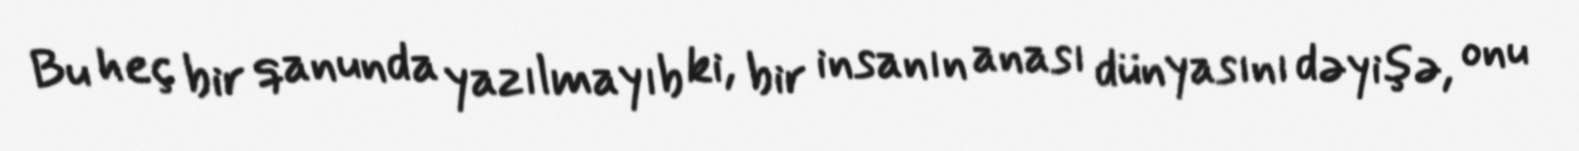
Bu heç bir qanunda yazılmayıb ki, bir insanın anası dünyasını dəyişə, onu